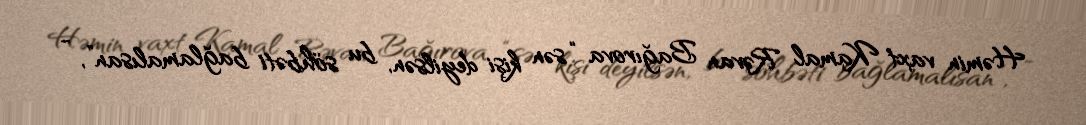
Həmin vaxt Kamal Rəvan Bağırova “sən kişi deyilsən, bu söhbəti bağlamalısan”, -